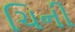
ચિની